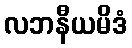
လဘနီယမိဒံ